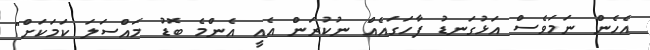
އެހެން ނަމަވެސް އަޅުގަނޑު ފާހަގައެއް ނުކުރަން އެއީ އެންމެ ބޮޑު މައްސަލަ ކަމަކަށް"